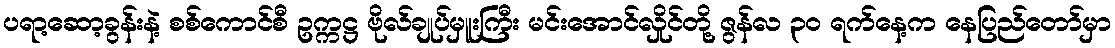
ပရာ့ဆော့ခွန်းနဲ့ စစ်ကောင်စီ ဥက္ကဋ္ဌ ဗိုလ်ချုပ်မှူးကြီး မင်းအောင်လှိုင်တို့ ဇွန်လ ၃၀ ရက်နေ့က နေပြည်တော်မှာ